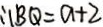
\therefore B Q = a + 2